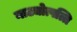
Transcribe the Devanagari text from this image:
नाट्योत्पत्ति